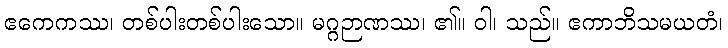
ဧကေကဿ၊ တစ်ပါးတစ်ပါးသော။ မဂ္ဂဉာဏဿ၊ ၏။ ဝါ၊ သည်။ ဧကာဘိသမယတံ၊